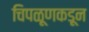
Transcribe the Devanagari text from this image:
चिपळूणकडून